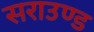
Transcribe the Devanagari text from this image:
सराउण्ड